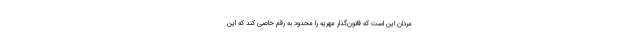
مردان این است که قانون‌گذار مهریه را محدود به رقم خاصی کند که این